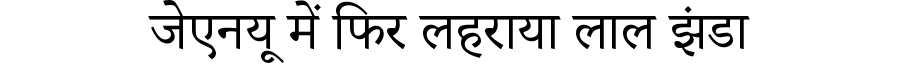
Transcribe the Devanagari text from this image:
जेएनयू में फिर लहराया लाल झंडा